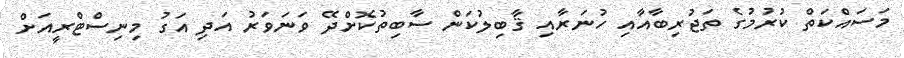
މަސައްކަތް ކުރުމުގެ ތަޖުރިބާއާއި ހުނަރާއި ޤާބިލުކަން ސާބިތުކޮށްދޭ ވަނަވަރު އަދި އަގު މިނިސްޓްރީއަށް